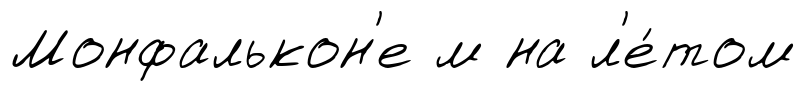
Монфалькон'е м на л'е́том